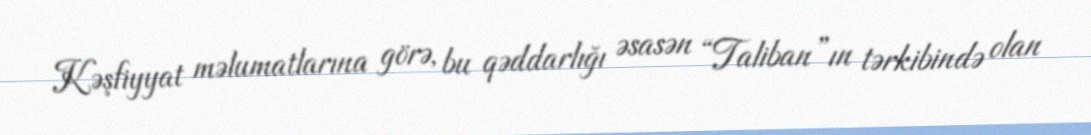
Kəşfiyyat məlumatlarına görə, bu qəddarlığı əsasən “Taliban”ın tərkibində olan